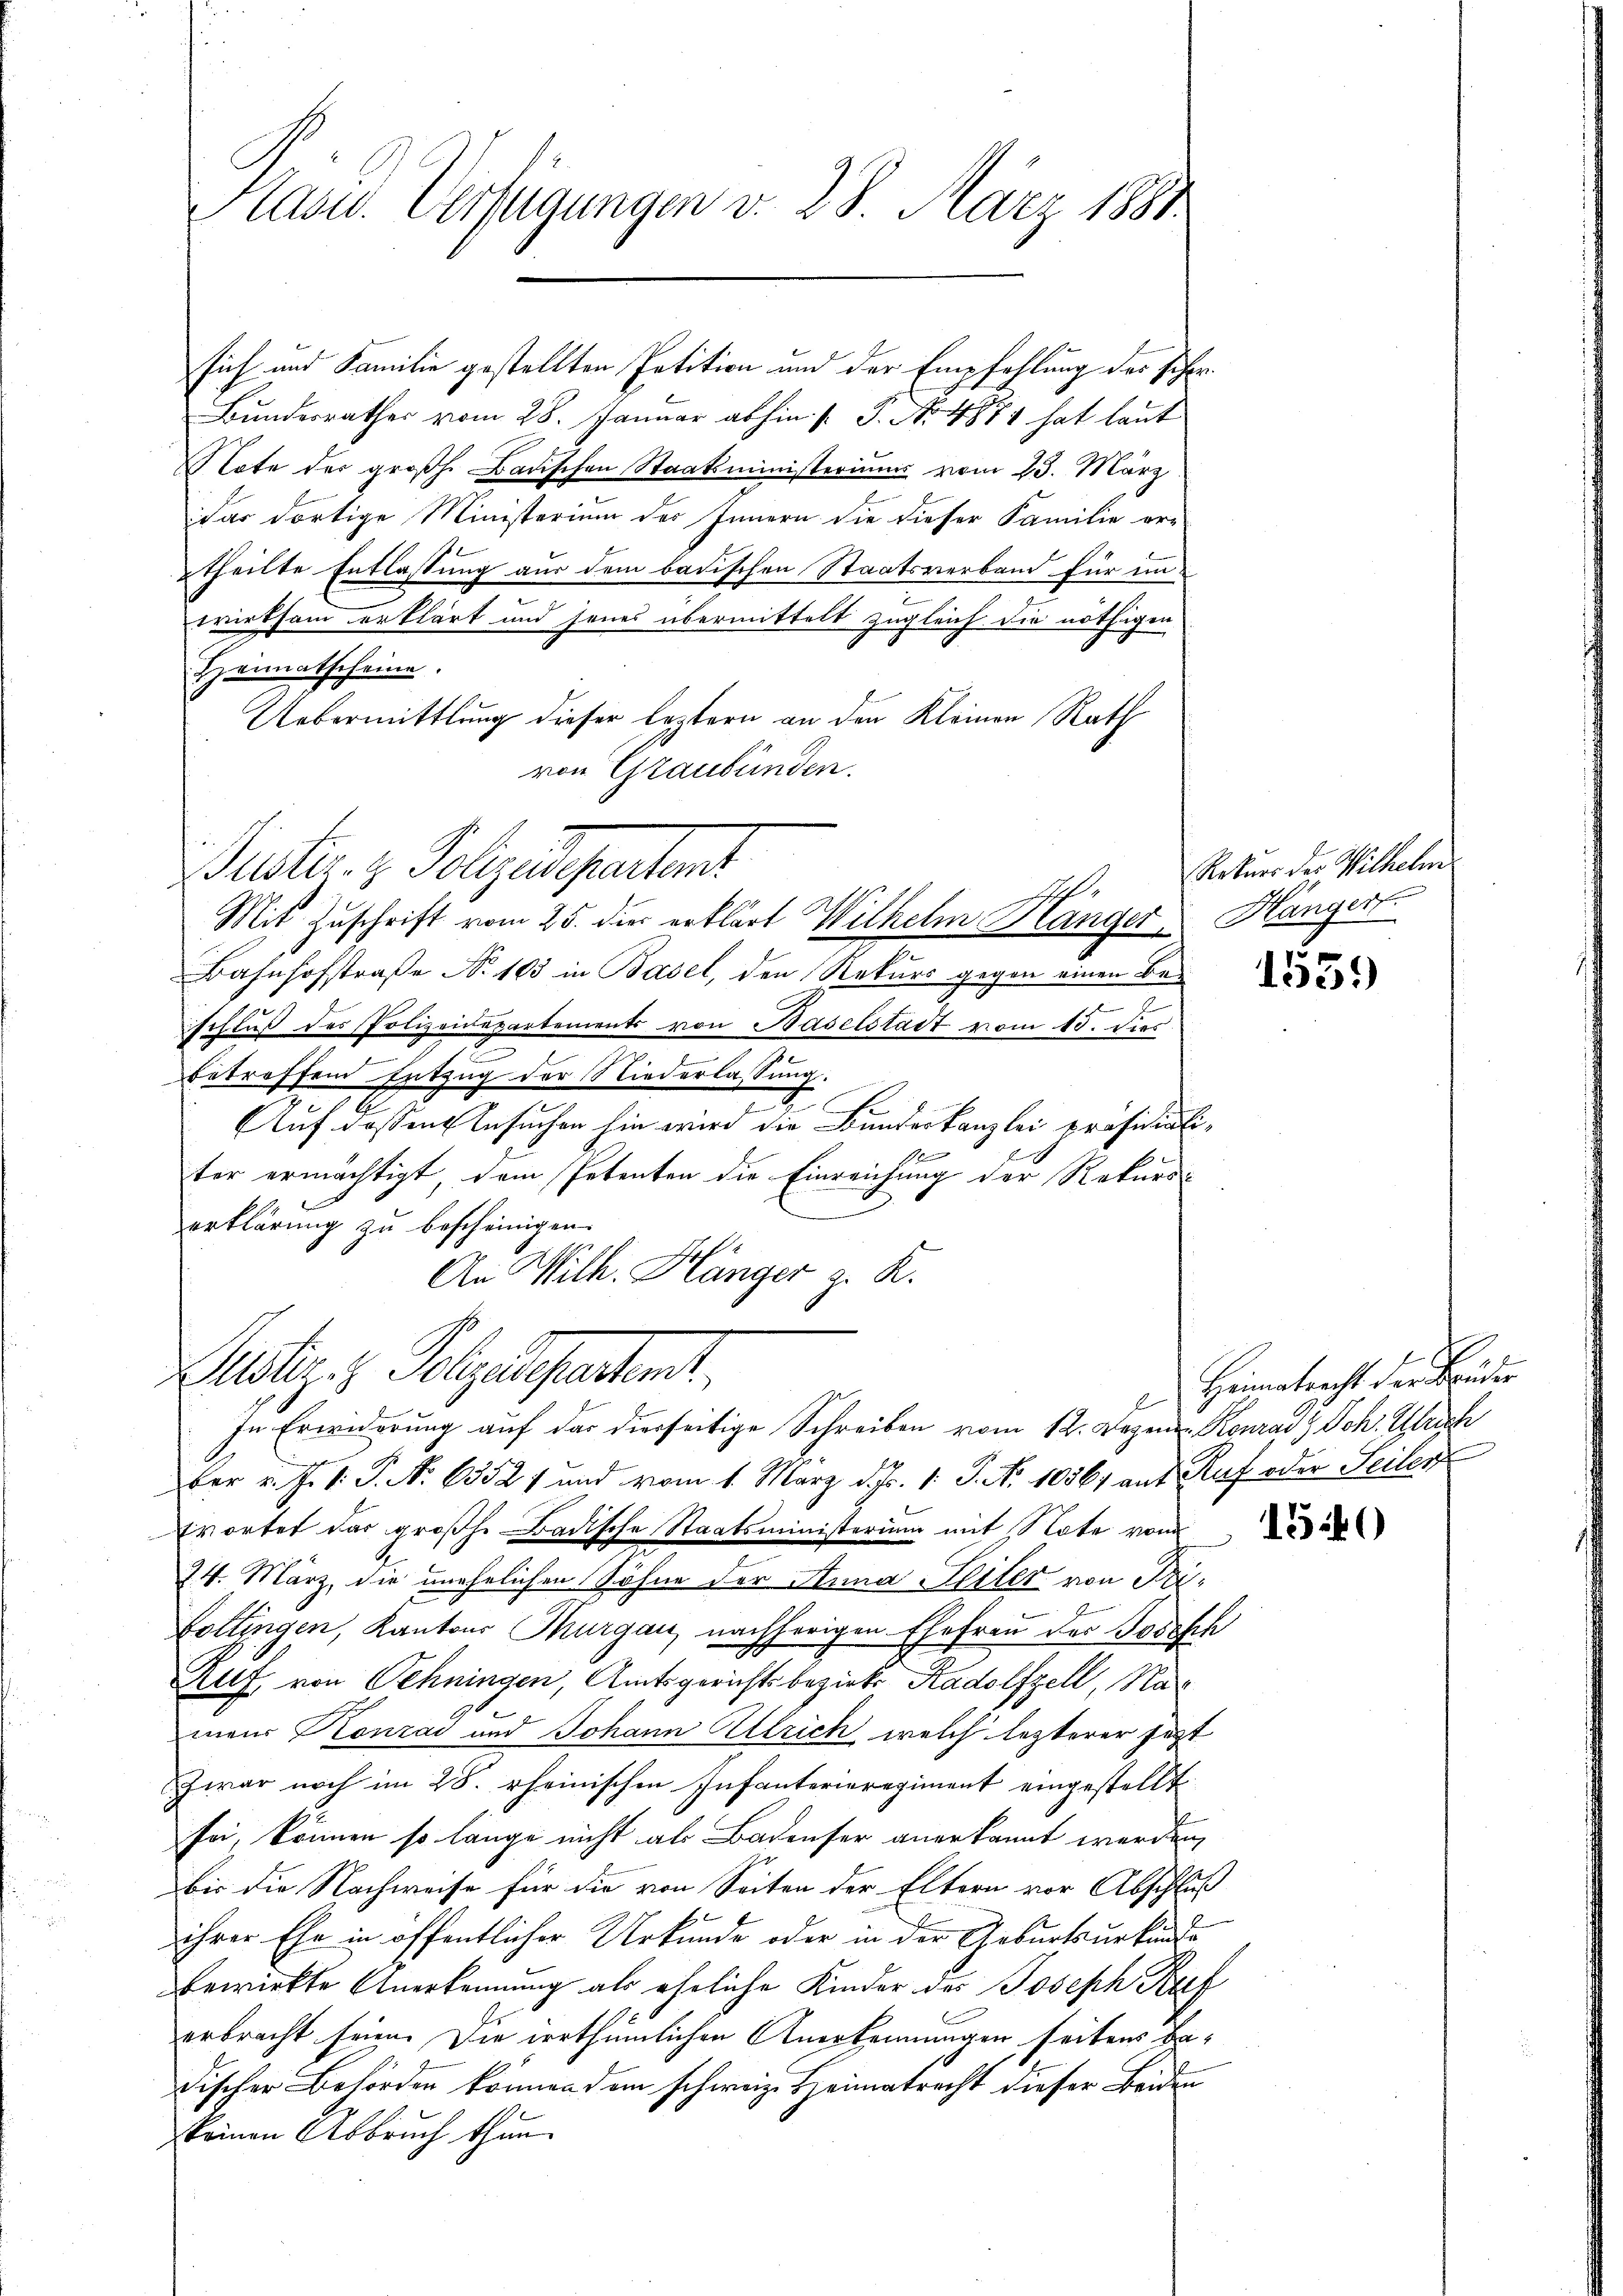
Kasu. Verfügungen v. 28. März 1881.

sich und Familie gestellten Petition und der Empfehlung des scher
Bundesrathes vom 28. Januar abhin 1 S. Nr. 489 hat laut
Note der großh. Badischen Staatsministeriums vom 23. März
dar dortige Ministerium der Innern die dieser Familie er-
theilte Entlassung aus dem badischen Staatsverband für im
e
wirksam erklärt und jenes übermittelt zugleich die nöthigen
Heimatscheine.
Uebermittlung dieser leztern an den Kleinen Rath
von Graubünden.
Bucker. z. Polizeideparten
Mit Zuschrift vom 25. die erklärt Wilhelm Hänger Hängert.
Bahnhofstraße No 103 in Basel, den Rekurs gegen einen Be¬
.
schluß des Polizeidepartements von Baselstadt vom 15. dies
betreffend Entzug der Niederlassung.
A
Auf dassen Ansuchen hin wird die Bundeskanzlei präsidiali¬
1
ter ermächtigt, dem Petenten die Einreichung der Rekurs-
.
erklärung zu bescheinigen.
h
An Wilh. Z länger z. K.

ltiz z. Polyedepartient.
In Erwiderung auf das diesseitige Schreiben vom 12. Dezen. Konrad z. Joh. Ulrich

Ratuor des Wilhelm

ber v. J. V. P. Nr. 63521 und vom 1. März d. Js. 1. J. No 10567 auf Ruf oder Seiter
wortet das großh. Badische Staatsministerium mit Note vom
74. März, die unehelichen Söhne der Anna Heiler von Pri¬
Coltingen, Kantons Thurgau, nachherigen Ehefrau der Josefch
Ruf von Oehningen, Amtsgerichtsbezirks Radolfzell, Namens Konrad und Johann Ullrich welch lezterer jetzt
war noch im 25. rheinischen Infanterieregiment eingestellt
sei, können so länge nicht als Badenser anerkannt werden,
bis die Nachweise für die von Seiten der Eltern vor Abschluß
ihrer Ehe in öffentlicher Urkunde oder in der Geburtsurkundbewirkte Anerkennung als eheliche Kinder des Joseph Raf
erbracht seien. Die irrthümlichen Anerkennungen seitens bedischer Behörden können dem schweiz. Heimatracht dieser Beiden
keinen Abbruch thun.

155

Heimatracht der Brüder